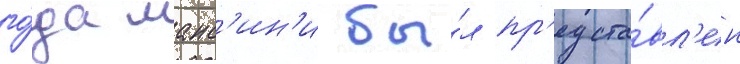
го́да манс'ин'и бы́л пр'едста́вл'ен